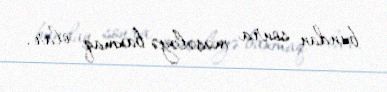
bundan sonra məsələyə baxmaq olar.